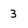
Character: 3